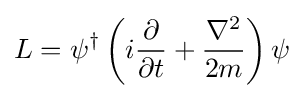
L=\psi ^{\dagger }\left(i{\partial  \over \partial t}+{\nabla ^{2} \over 2m}\right)\psi